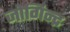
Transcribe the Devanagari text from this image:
जोगिन्द्र